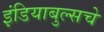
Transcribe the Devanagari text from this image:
इंडियाबुल्सचे